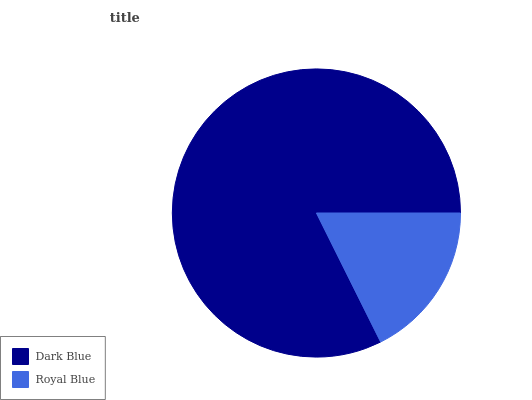
| Dark Blue | Royal Blue |
 | --- | --- |
 | 82.3% | 17.7% |